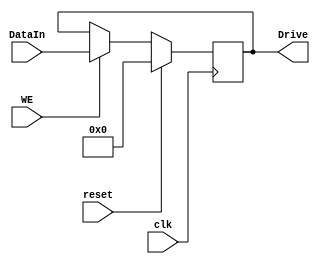
`timescale 1ns / 1ps
//////////////////////////////////////////////////////////////////////////////////
// Company: 
// Engineer: 
// 
// Design Name: 
// Module Name:    LEDDriver 
// Project Name: 
// Target Devices: 
// Tool versions: 
// Description: 
//
// Dependencies: 
//
// Revision: 
// Revision 0.01 - File Created
// Additional Comments: 
//
//////////////////////////////////////////////////////////////////////////////////
module LEDDriver(
    input clk,
    input reset,
    input [31:0] DataIn,
    output reg [31:0] Drive = 0,
    input WE
    );
	 
	 always @(posedge clk) begin
		if (reset) begin
			Drive <= 0;
		end
		else 
		begin
			if (WE) begin
				Drive <= DataIn;
			end
		end
	 end


endmodule